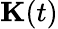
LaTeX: \mathbf{K}(t)